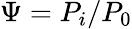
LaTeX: \Psi=P_{i}/P_{0}